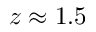
z \approx 1 . 5